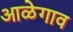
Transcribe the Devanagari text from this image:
आळेगाव